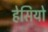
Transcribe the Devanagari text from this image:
हेसियो